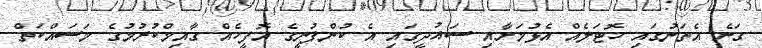
ގަނެ އެތަނުގައި ހޮޓަލެއް އެޅުމަށާއި ސައުދީގައި އެ ކުންފުނީގެ އޮފީހެއް ގާއިމްކުރުމުގެ މަސައްކަތް